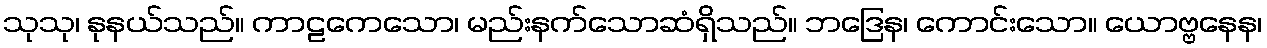
သုသု၊ နုနယ်သည်။ ကာဠကေသော၊ မည်းနက်သောဆံရှိသည်။ ဘဒြေန၊ ကောင်းသော။ ယောဗ္ဗနေန၊